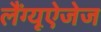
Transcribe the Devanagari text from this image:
लैंग्यूऐजेज